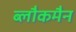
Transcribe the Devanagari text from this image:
ब्लौकमैन